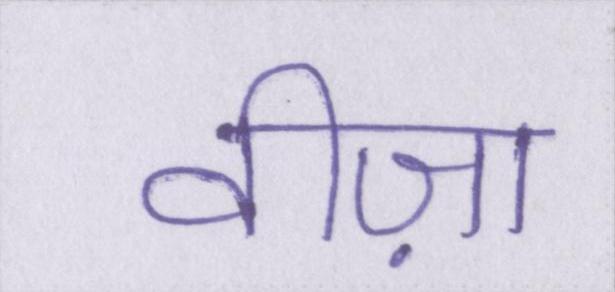
वीज़ा